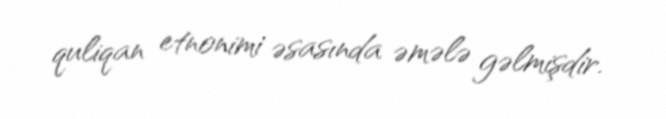
quliqan etnonimi əsasında əmələ gəlmişdir.